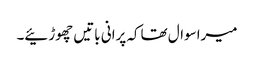
میراسوال تھاکہ پرانی باتیں چھوڑئیے۔